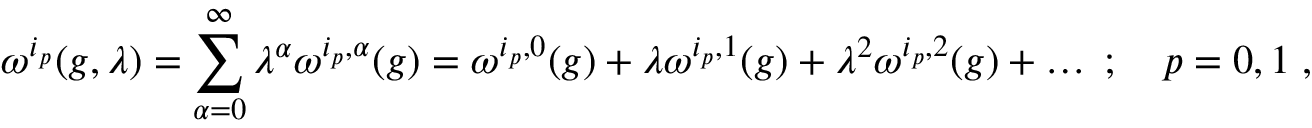
\omega ^ { i _ { p } } ( g , \lambda ) = \sum _ { \alpha = 0 } ^ { \infty } \lambda ^ { \alpha } \omega ^ { i _ { p } , \alpha } ( g ) = \omega ^ { i _ { p } , 0 } ( g ) + \lambda \omega ^ { i _ { p } , 1 } ( g ) + \lambda ^ { 2 } \omega ^ { i _ { p } , 2 } ( g ) + \ldots \; ; \quad p = 0 , 1 \; ,